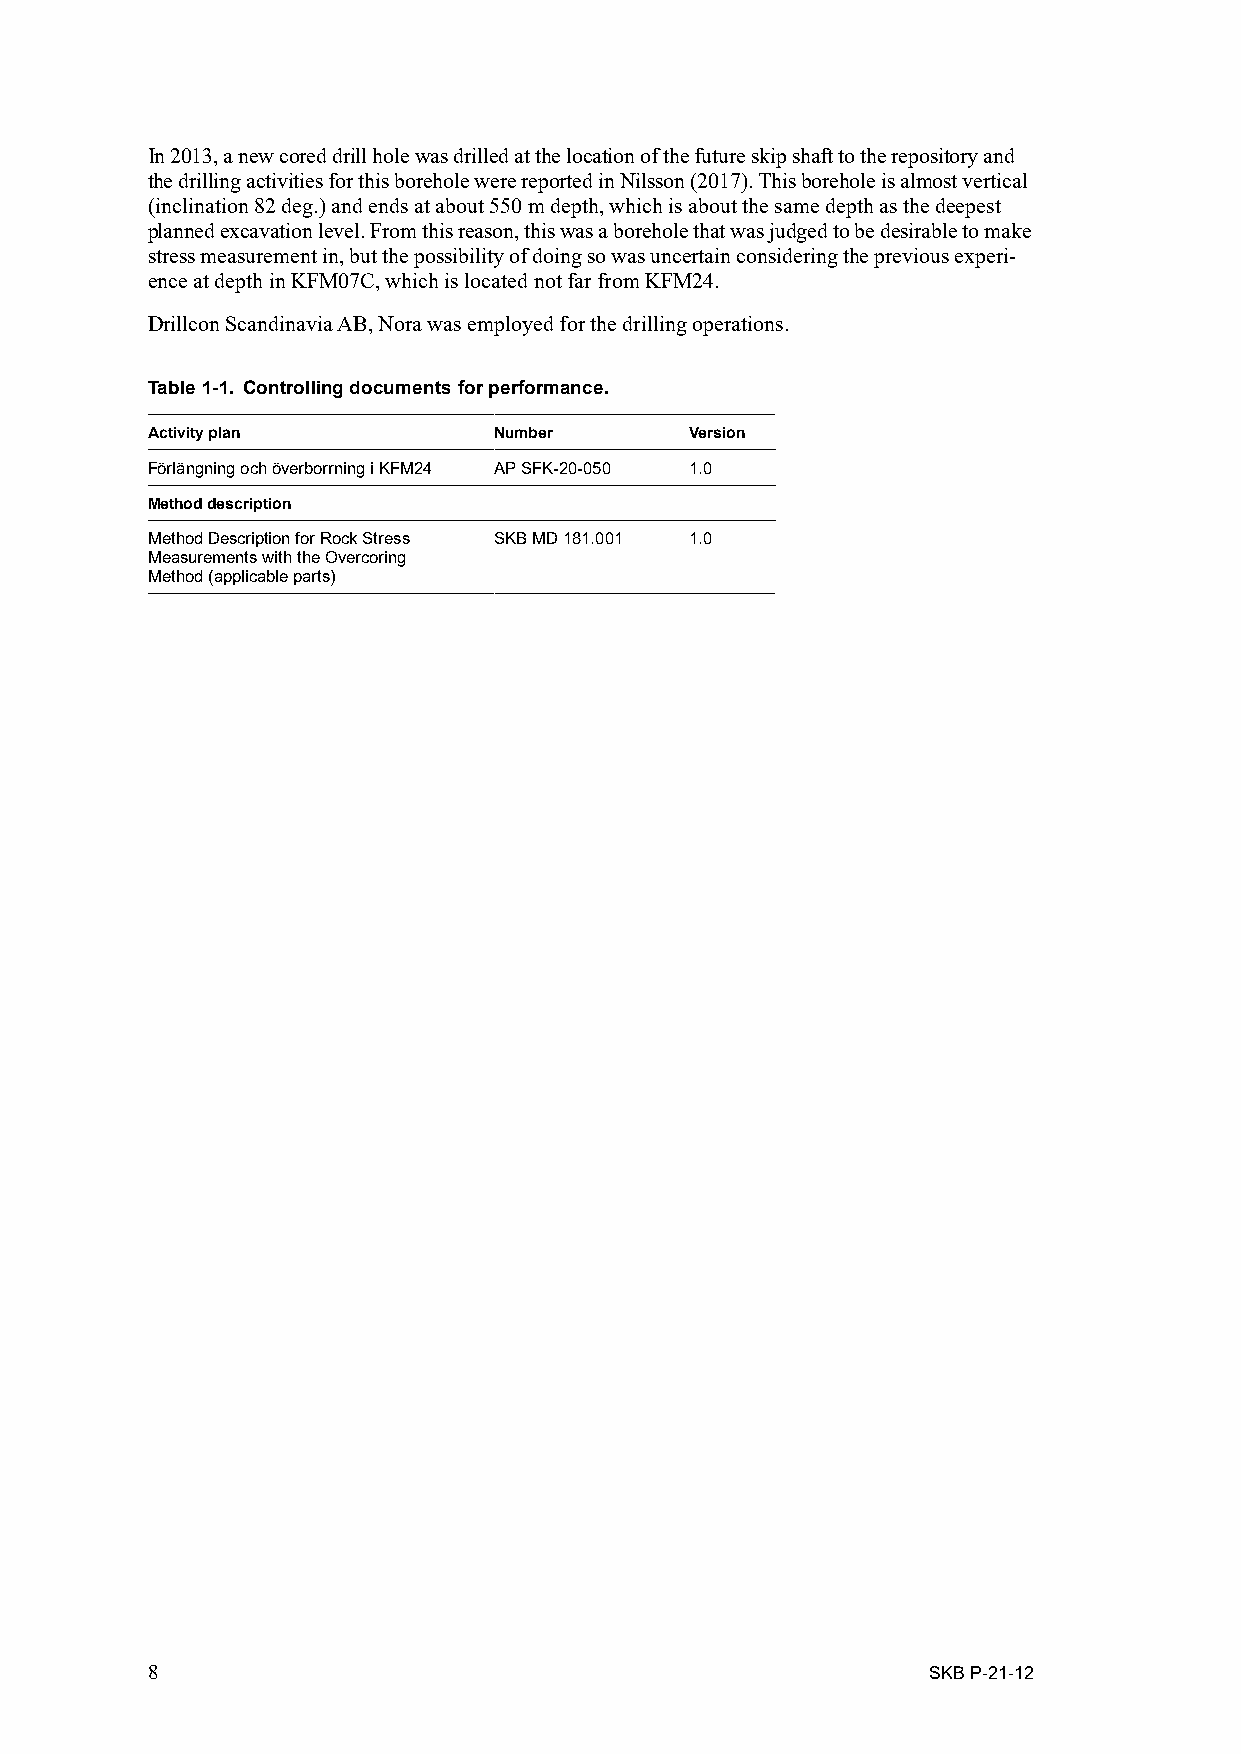
In 2013, a new cored drill hole was drilled at the location of the future skip shaft to the repository and
 the drilling activities for this borehole were reported in Nilsson (2017). This borehole is almost vertical
 (inclination 82 deg.) and ends at about 550 m depth, which is about the same depth as the deepest
 planned excavation level. From this reason, this was a borehole that was judged to be desirable to make
 stress measurement in, but the possibility of doing so was uncertain considering the previous experi­
 ence at depth in KFM07C, which is located not far from KFM24.
 Drillcon Scandinavia AB, Nora was employed for the drilling operations.
 Table 1-1. Controlling documents for performance.
 Activity plan          Number       Version
 Förlängning och överborrning i KFM24 AP SFK-20-050 1.0
 Method description
 Method Description for Rock Stress SKB MD 181.001 1.0
 Measurements with the Overcoring
 Method (applicable parts)
 8                                                  SKB P-21-12